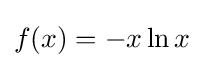
f(x)=-x\ln x